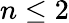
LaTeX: n\leq 2